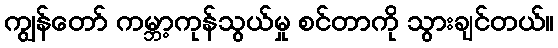
ကျွန်တော် ကမ္ဘာ့ကုန်သွယ်မှု စင်တာကို သွားချင်တယ်။